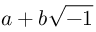
a + b { \sqrt { - 1 } }